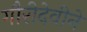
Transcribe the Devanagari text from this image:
गौरीदेवीने